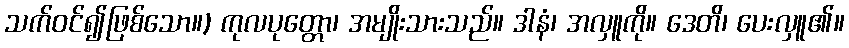
သက်ဝင်၍ဖြစ်သော။) ကုလပုတ္တော၊ အမျိုးသားသည်။ ဒါနံ၊ အလှူကို။ ဒေတိ၊ ပေးလှူ၏။